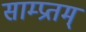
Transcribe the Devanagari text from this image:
साम्प्रतम्